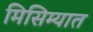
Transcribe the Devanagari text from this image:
मिसिम्यात